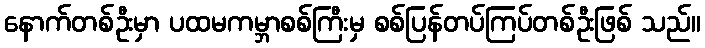
နောက်တစ်ဦးမှာ ပထမကမ္ဘာစစ်ကြီးမှ စစ်ပြန်တပ်ကြပ်တစ်ဦးဖြစ် သည်။